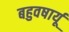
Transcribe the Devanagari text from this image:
बहुवषार्यू